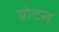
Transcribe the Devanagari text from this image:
ग्रोट्स